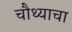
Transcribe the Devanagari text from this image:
चौथ्याचा